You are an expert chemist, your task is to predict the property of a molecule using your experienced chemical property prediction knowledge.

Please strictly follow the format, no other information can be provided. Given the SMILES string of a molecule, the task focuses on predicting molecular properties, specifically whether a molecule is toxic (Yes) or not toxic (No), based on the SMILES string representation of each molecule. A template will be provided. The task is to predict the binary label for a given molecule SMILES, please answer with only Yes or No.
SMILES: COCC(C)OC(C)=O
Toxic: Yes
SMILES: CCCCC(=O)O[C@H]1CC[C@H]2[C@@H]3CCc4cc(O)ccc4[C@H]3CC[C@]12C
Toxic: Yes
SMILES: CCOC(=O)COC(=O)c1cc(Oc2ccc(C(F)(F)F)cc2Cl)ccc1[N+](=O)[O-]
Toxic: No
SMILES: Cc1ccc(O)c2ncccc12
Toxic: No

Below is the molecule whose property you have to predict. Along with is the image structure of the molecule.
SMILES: O=C(O)C(=O)Cc1ccccc1
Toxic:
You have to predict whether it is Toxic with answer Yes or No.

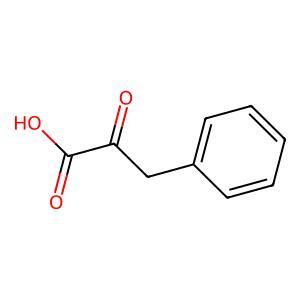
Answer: No